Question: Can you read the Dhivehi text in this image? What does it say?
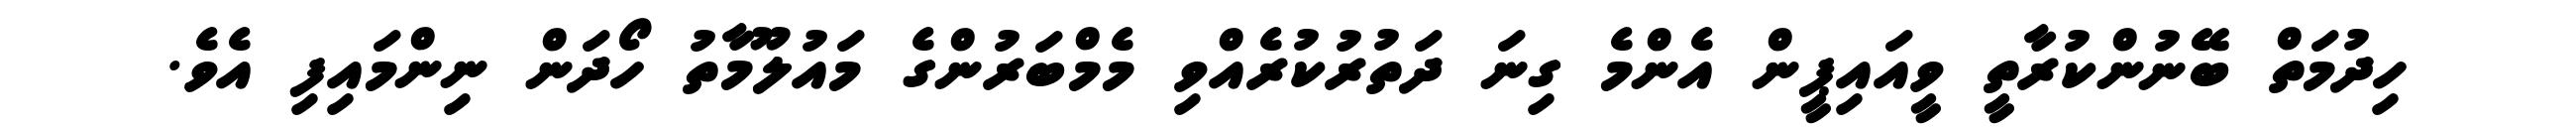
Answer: ހިދުމަތް ބޭނުންކުރާތީ ވީއައިޕީން އެންމެ ގިނަ ދަތުރުކުރެއްވި މެމްބަރުންގެ މައުލޫމާތު ހޯދަން ނިންމައިފި އެވެ.